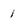
Character: 1